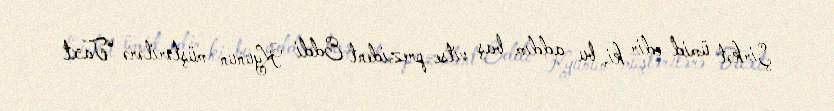
Şirkət ümid edir ki, bu addım baş vitse-prezident Eddi Kyunun müştərilərə “Taxt